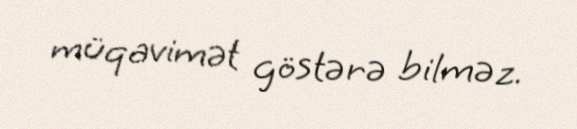
müqavimət göstərə bilməz.